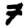
Digit: 7